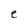
Character: e